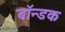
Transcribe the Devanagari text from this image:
बॉन्डक